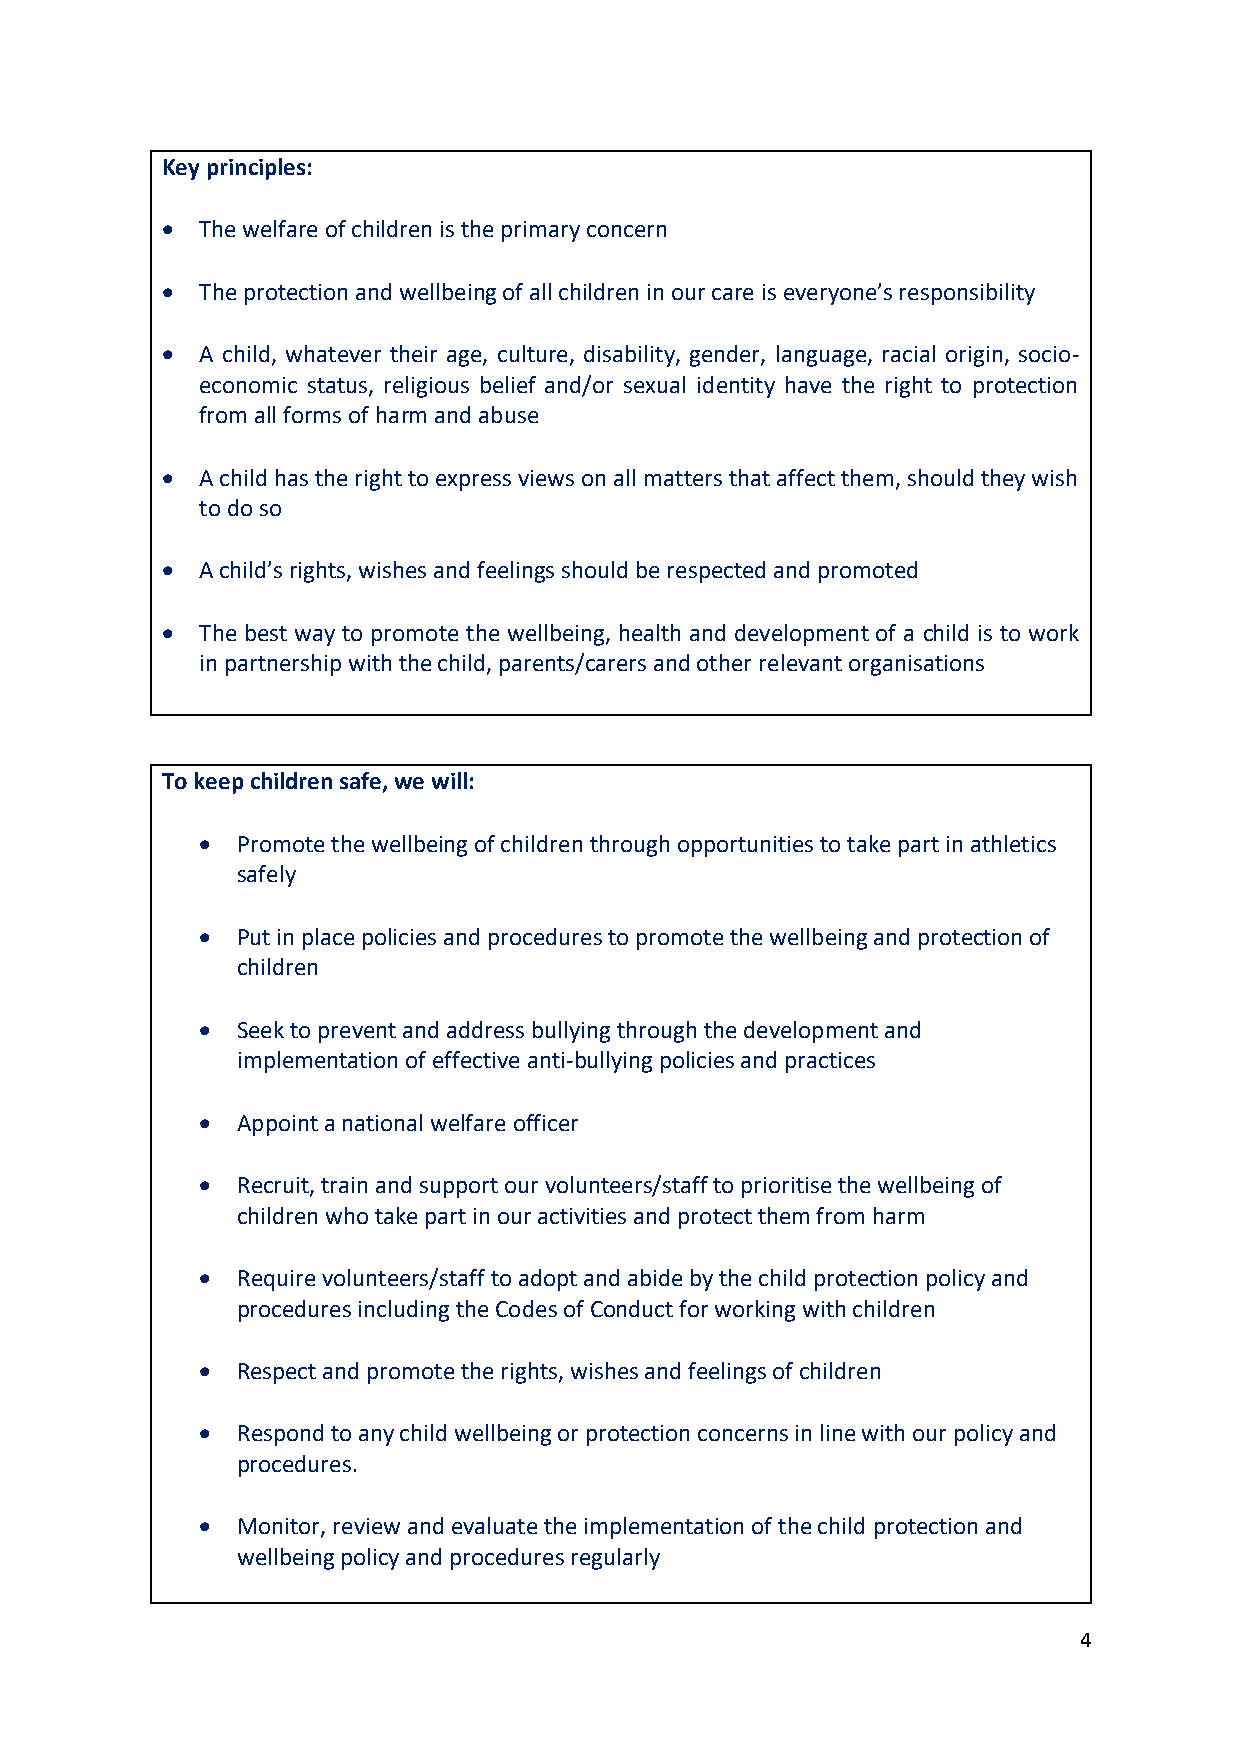
Key principles:
 • The welfare of children is the primary concern
 • The protection and wellbeing of all children in our care is everyone’s responsibility
 • A child, whatever their age, culture, disability, gender, language, racial origin, socio-
 economic status, religious belief and/or sexual identity have the right to protection
 from all forms of harm and abuse
 • A child has the right to express views on all matters that affect them, should they wish
 to do so
 • A child’s rights, wishes and feelings should be respected and promoted
 • The best way to promote the wellbeing, health and development of a child is to work
 in partnership with the child, parents/carers and other relevant organisations
 To keep children safe, we will:
 •  Promote the wellbeing of children through opportunities to take part in athletics
 safely
 •  Put in place policies and procedures to promote the wellbeing and protection of
 children
 •  Seek to prevent and address bullying through the development and
 implementation of effective anti-bullying policies and practices
 •  Appoint a national welfare officer
 •  Recruit, train and support our volunteers/staff to prioritise the wellbeing of
 children who take part in our activities and protect them from harm
 •  Require volunteers/staff to adopt and abide by the child protection policy and
 procedures including the Codes of Conduct for working with children
 •  Respect and promote the rights, wishes and feelings of children
 •  Respond to any child wellbeing or protection concerns in line with our policy and
 procedures.
 •  Monitor, review and evaluate the implementation of the child protection and
 wellbeing policy and procedures regularly
 4